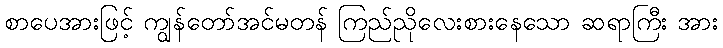
စာပေအားဖြင့် ကျွန်တော်အင်မတန် ကြည်ညိုလေးစားနေသော ဆရာကြီး အား